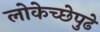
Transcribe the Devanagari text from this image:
लोकेच्छेपुढे